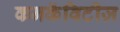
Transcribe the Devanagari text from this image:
कनकॅविटीज़